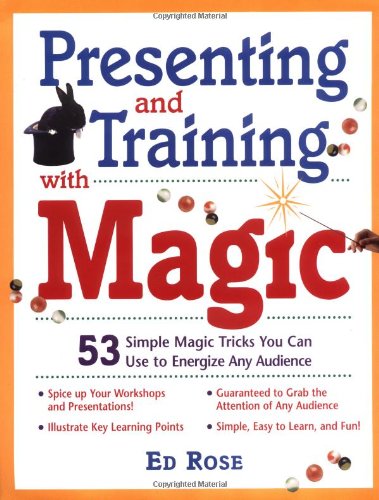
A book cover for Presenting & Training With Magic : 53 Simple Magic Tricks You Can Use to Energize Any Audience; Ed Rose; Arts & Photography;